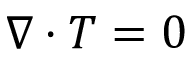
\begin{array} { r } { \nabla \cdot \boldsymbol { T } = \boldsymbol { 0 } } \end{array}